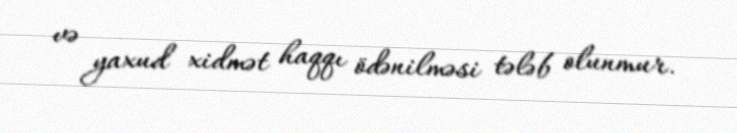
və yaxud xidmət haqqı ödənilməsi tələb olunmur.